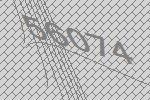
56074